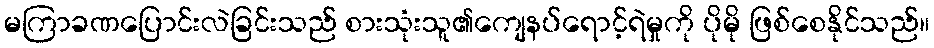
မကြာခဏပြောင်းလဲခြင်းသည် စားသုံးသူ၏ကျေနပ်ရောင့်ရဲမှုကို ပိုမို ဖြစ်စေနိုင်သည်။